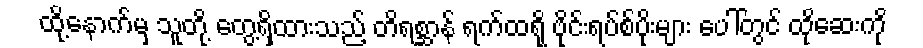
ထို့နောက်မှ သူတို့ တွေ့ရှိထားသည့် တိရစ္ဆာန် ရက်ထရို ဗိုင်းရပ်စ်ပိုးများ ပေါ်တွင် ထိုဆေးကို